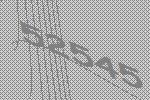
52545